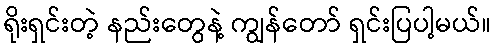
ရိုးရှင်းတဲ့ နည်းတွေနဲ့ ကျွန်တော် ရှင်းပြပါ့မယ်။